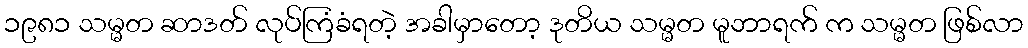
၁၉၈၁ သမ္မတ ဆာဒတ် လုပ်ကြံခံရတဲ့ အခါမှာတော့ ဒုတိယ သမ္မတ မူဘာရက် က သမ္မတ ဖြစ်လာ